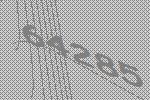
64285